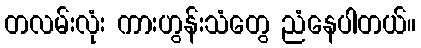
တလမ်းလုံး ကားဟွန်းသံတွေ ညံနေပါတယ်။